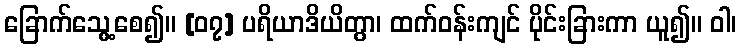
ခြောက်သွေ့စေ၍။ [၀၇] ပရိယာဒိယိတွာ၊ ထက်ဝန်းကျင် ပိုင်းခြားကာ ယူ၍။ ဝါ၊